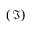
( { \mathfrak { I } } )